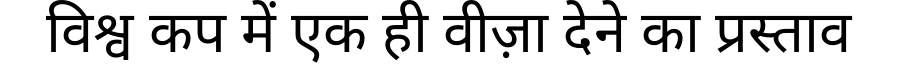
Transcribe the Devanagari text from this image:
विश्व कप में एक ही वीज़ा देने का प्रस्ताव